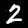
Label: 2